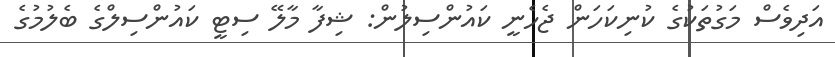
އަދިވެސް މަގުތަކުގެ ކުނިކަހަން ޖެހެނީ ކައުންސިލުން: ޝިފާ މާލޭ ސިޓީ ކައުންސިލްގެ ބެލުމުގެ